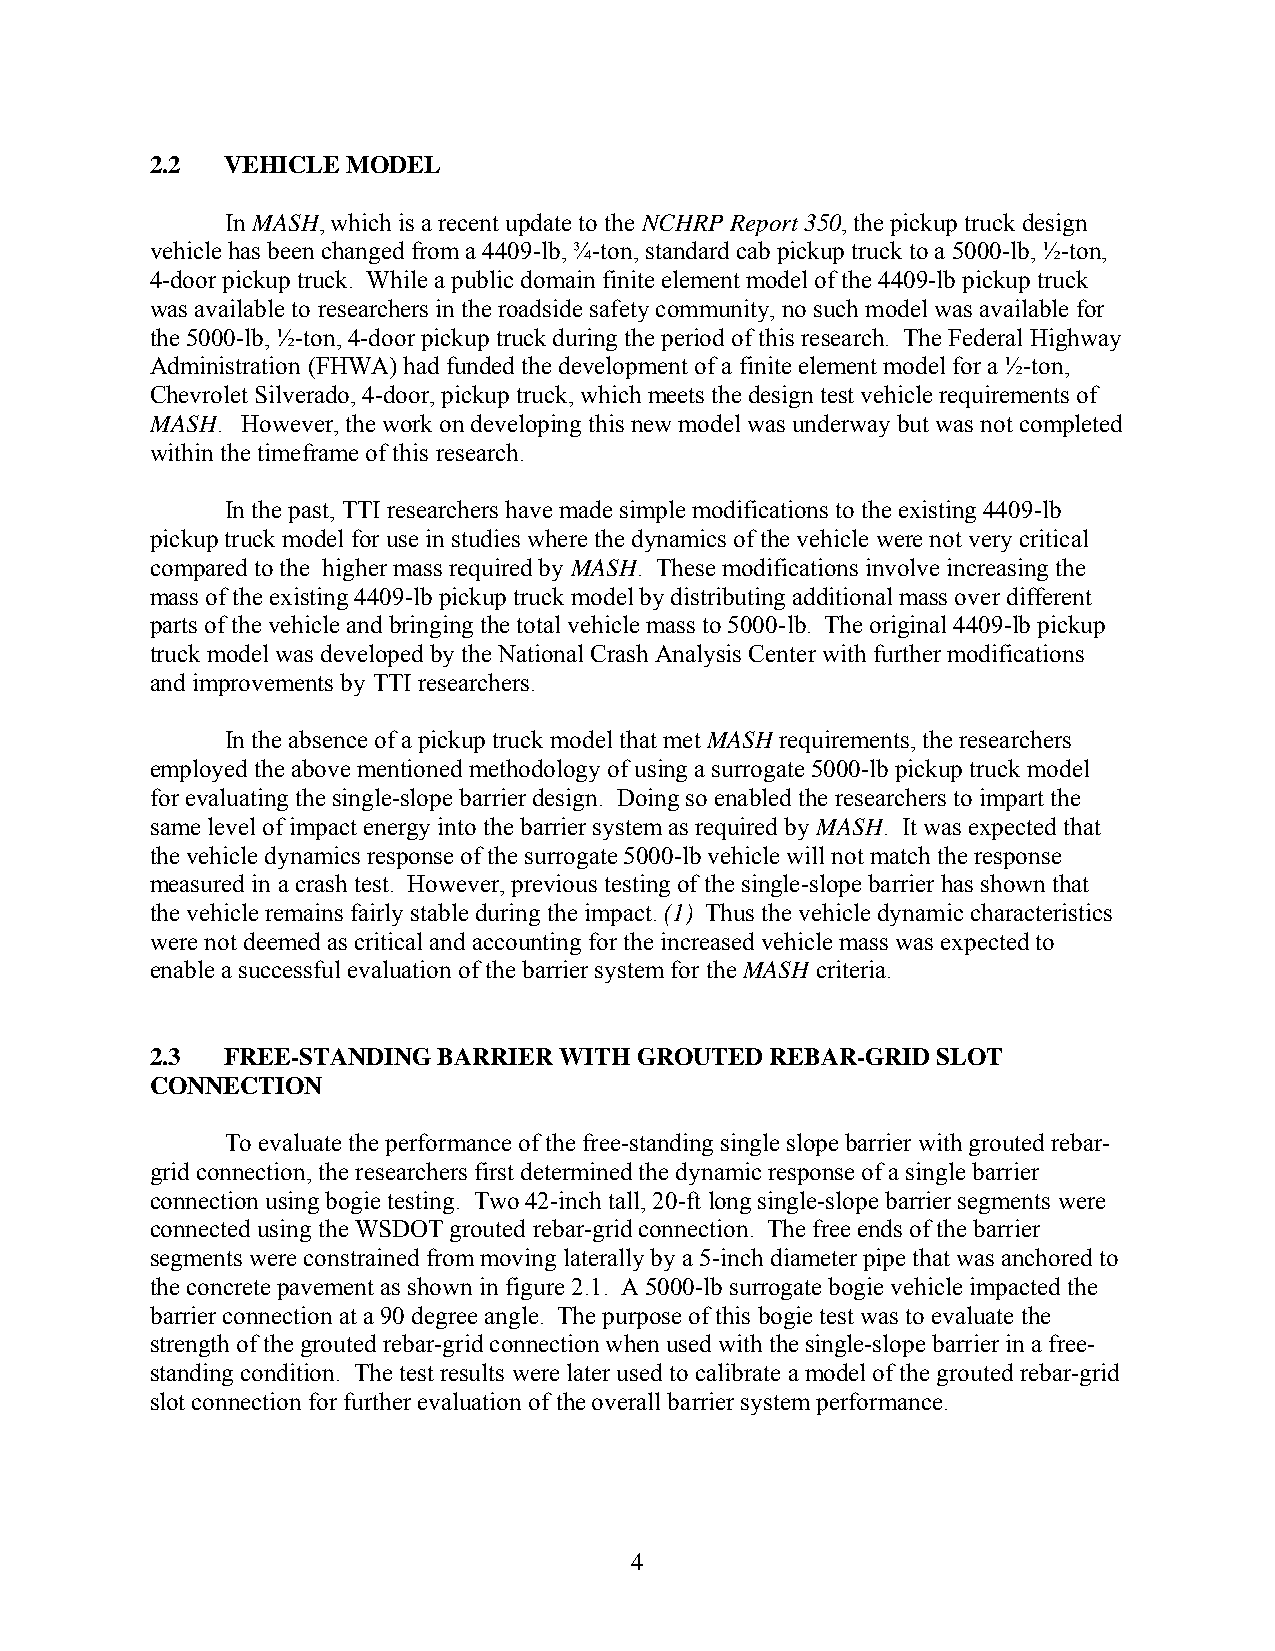
2.2  VEHICLE MODEL
 In MASH, which is a recent update to the NCHRP Report 350, the pickup truck design
 vehicle has been changed from a 4409-lb, ¾-ton, standard cab pickup truck to a 5000-lb, ½-ton,
 4-door pickup truck. While a public domain finite element model of the 4409-lb pickup truck
 was available to researchers in the roadside safety community, no such model was available for
 the 5000-lb, ½-ton, 4-door pickup truck during the period of this research. The Federal Highway
 Administration (FHWA) had funded the development of a finite element model for a ½-ton,
 Chevrolet Silverado, 4-door, pickup truck, which meets the design test vehicle requirements of
 MASH. However, the work on developing this new model was underway but was not completed
 within the timeframe of this research.
 In the past, TTI researchers have made simple modifications to the existing 4409-lb
 pickup truck model for use in studies where the dynamics of the vehicle were not very critical
 compared to the higher mass required by MASH. These modifications involve increasing the
 mass of the existing 4409-lb pickup truck model by distributing additional mass over different
 parts of the vehicle and bringing the total vehicle mass to 5000-lb. The original 4409-lb pickup
 truck model was developed by the National Crash Analysis Center with further modifications
 and improvements by TTI researchers.
 In the absence of a pickup truck model that met MASH requirements, the researchers
 employed the above mentioned methodology of using a surrogate 5000-lb pickup truck model
 for evaluating the single-slope barrier design. Doing so enabled the researchers to impart the
 same level of impact energy into the barrier system as required by MASH. It was expected that
 the vehicle dynamics response of the surrogate 5000-lb vehicle will not match the response
 measured in a crash test. However, previous testing of the single-slope barrier has shown that
 the vehicle remains fairly stable during the impact. (1) Thus the vehicle dynamic characteristics
 were not deemed as critical and accounting for the increased vehicle mass was expected to
 enable a successful evaluation of the barrier system for the MASH criteria.
 2.3  FREE-STANDING BARRIER WITH GROUTED  REBAR-GRID SLOT
 CONNECTION
 To evaluate the performance of the free-standing single slope barrier with grouted rebar-
 grid connection, the researchers first determined the dynamic response of a single barrier
 connection using bogie testing. Two 42-inch tall, 20-ft long single-slope barrier segments were
 connected using the WSDOT grouted rebar-grid connection. The free ends of the barrier
 segments were constrained from moving laterally by a 5-inch diameter pipe that was anchored to
 the concrete pavement as shown in figure 2.1. A 5000-lb surrogate bogie vehicle impacted the
 barrier connection at a 90 degree angle. The purpose of this bogie test was to evaluate the
 strength of the grouted rebar-grid connection when used with the single-slope barrier in a free-
 standing condition. The test results were later used to calibrate a model of the grouted rebar-grid
 slot connection for further evaluation of the overall barrier system performance.
 4